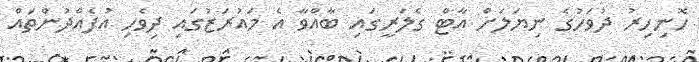
ހޮނިހިރު ދުވަހުގެ ނިޔަލަށް އާޓް ގެލަރީގައި ބާއްވާ އެ މައުރަޒުގައި ދިވެހި އުފެއްދުންތައް